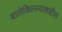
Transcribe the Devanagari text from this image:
बालेकिल्ल्याकडील